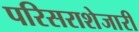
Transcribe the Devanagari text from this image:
परिसराशेजारी